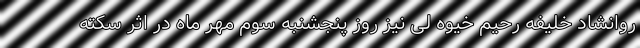
روانشاد خلیفه رحیم خیوه لی نیز روز پنجشنبه سوم مهر ماه در اثر سکته